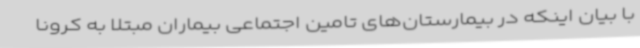
با بیان اینکه در بیمارستان‌های تامین اجتماعی بیماران مبتلا به کرونا